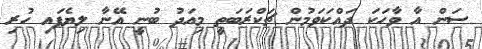
ސަން އާ ވާހަކަ ދައްކަވަމުން ޗަކްރަބަތީ މިއަދު ބުނީ އޭނާ ލިޔެފައި ހުރި